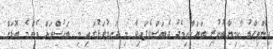
އިންތިހާބު ކާމިޔާބުކުރި ބަޔަކާއިމެދު ދެބަސްވެފައިވާ މި ދަނޑުވަޅުގައި މި ބަހުސްތައް އެންމެ ބޮޑަށް